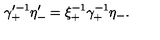
\gamma _ { + } ^ { \prime - 1 } \eta _ { - } ^ { \prime } = \xi _ { + } ^ { - 1 } \gamma _ { + } ^ { - 1 } \eta _ { - } .